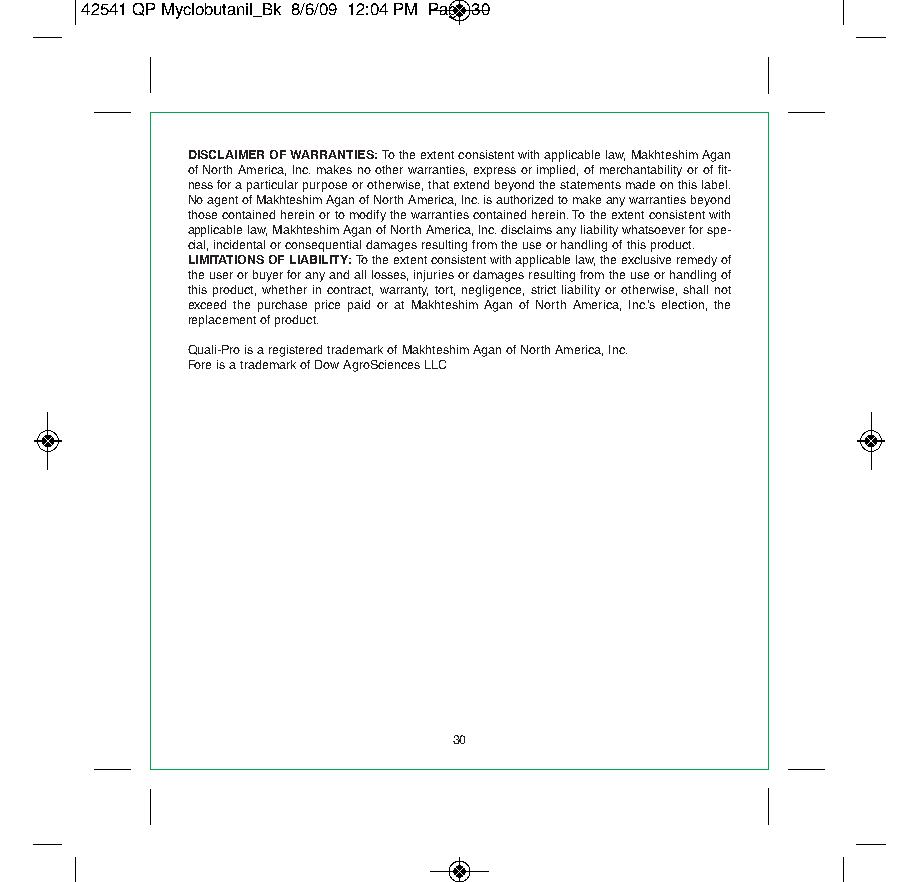
42541 QP Myclobutanil_Bk 8/6/09 12:04 PM Page 30
 DISCLAIMER OF WARRANTIES: To the extent consistent with applicable law, Makhteshim Agan
 of North America, Inc. makes no other warranties, express or implied, of merchantability or of fit-
 ness for a particular purpose or otherwise, that extend beyond the statements made on this label.
 No agent of Makhteshim Agan of North America, Inc. is authorized to make any warranties beyond
 those contained herein or to modify the warranties contained herein. To the extent consistent with
 applicable law, Makhteshim Agan of North America, Inc. disclaims any liability whatsoever for spe-
 cial, incidental or consequential damages resulting from the use or handling of this product.
 LIMITATIONS OF LIABILITY: To the extent consistent with applicable law,the exclusive remedy of
 the user or buyer for any and all losses, injuries or damages resulting from the use or handling of
 this product, whether in contract, warranty, tort, negligence, strict liability or otherwise, shall not
 exceed the purchase price paid or at Makhteshim Agan of North America, Inc.’s election, the
 replacement of product.
 Quali-Pro is a registered trademark of Makhteshim Agan of North America, Inc.
 Fore is a trademark of Dow AgroSciences LLC
 30